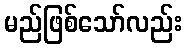
မည်ဖြစ်သော်လည်း